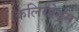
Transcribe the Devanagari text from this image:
कलियोगम